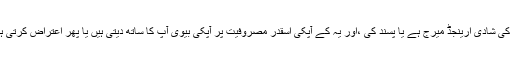
آپ کی شادی ارینجڈ میرج ہے یا پسند کی ،اور یہ کے آپکی اسقدر مصروفیت پر آپکی بیوی آپ کا ساتھ دیتی ہیں یا پھر اعتراض کرتی ہیں؟